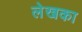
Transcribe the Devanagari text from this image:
लेखका